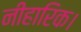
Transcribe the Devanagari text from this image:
नीहारिक।